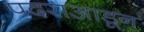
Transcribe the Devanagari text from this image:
पदराआडून